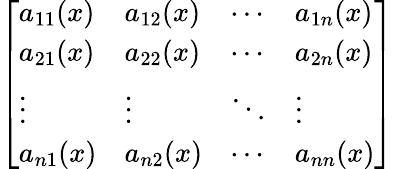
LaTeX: \left[\begin{array}{llll}{a_{11}(x)}&{a_{12}(x)}&{\cdots}&{a_{1n}(x)}\\ {a_{21}(x)}&{a_{22}(x)}&{\cdots}&{a_{2n}(x)}\\ {\vdots}&{\vdots}&{\ddots}&{\vdots}\\ {a_{n1}(x)}&{a_{n2}(x)}&{\cdots}&{a_{nn}(x)}\end{array}\right]